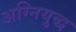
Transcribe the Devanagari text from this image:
अग्नियुद्ध